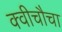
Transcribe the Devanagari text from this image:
क्वीचौचा